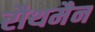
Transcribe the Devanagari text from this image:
रौथमैन